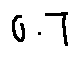
0 . 7